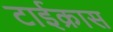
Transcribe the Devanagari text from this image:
टाईक्रास